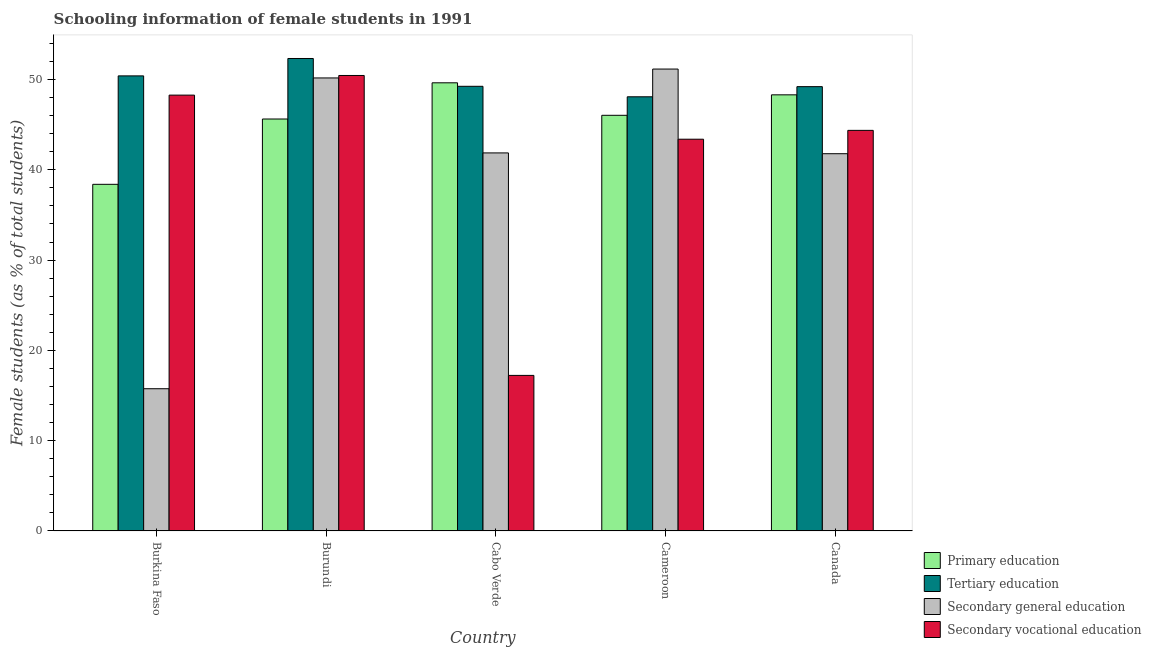
| Country | Primary education | Tertiary education | Secondary general education | Secondary vocational education |
 | --- | --- | --- | --- | --- |
 | Burkina Faso | 38.4 | 50.4 | 15.8 | 48.3 |
 | Burundi | 45.6 | 52.3 | 50.2 | 50.4 |
 | Cabo Verde | 49.6 | 49.2 | 41.9 | 17.2 |
 | Cameroon | 46 | 48.1 | 51.2 | 43.4 |
 | Canada | 48.3 | 49.2 | 41.8 | 44.4 |